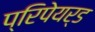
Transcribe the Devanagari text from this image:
प्रिपेयर्ड